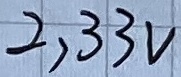
Text: 2,33V